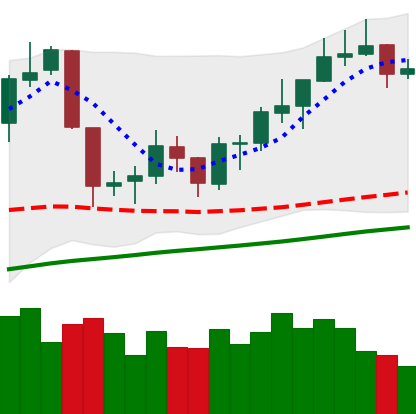
Ticker: NEO-USD
Chart end date: 2019-06-19
Forward return: 29.925%
Label: up_7plus